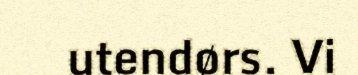
utendørs. Vi